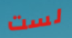
لست